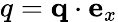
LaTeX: q=\textbf{q}\cdot\textbf{e}_{x}